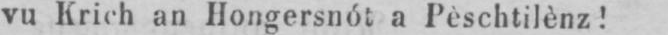
vu Krich an Hongersnót a Pèschtilènz!